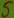
Text: 5